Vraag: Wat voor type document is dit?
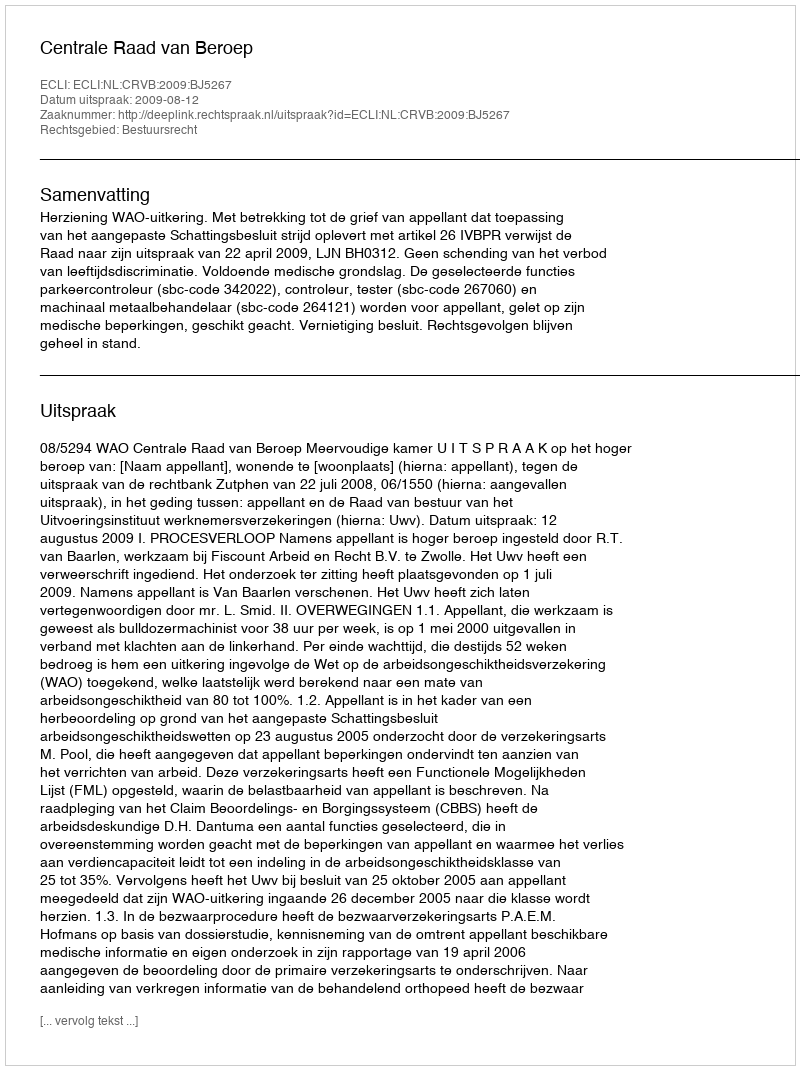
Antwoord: Uitspraak